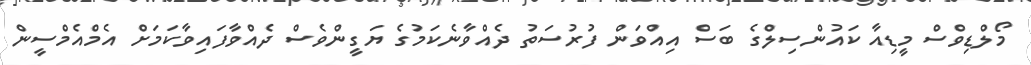
މޯލްޑިވްސް މީޑިއާ ކައުންސިލްގެ ބަސް އިއްވަން ފުރުސަތު ދެއްވާނެކަމުގެ ޔަގީންވެސް ދެއްވާފައިވާކަމަށް އެމްއެމްސީން